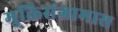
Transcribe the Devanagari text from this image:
मुक्तिसंग्रामास